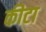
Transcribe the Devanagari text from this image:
कीटा